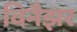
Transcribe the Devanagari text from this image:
विनैझर